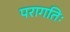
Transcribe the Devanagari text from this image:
परागतिः